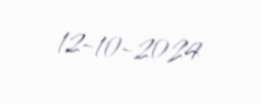
12-10-2024